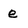
Character: e